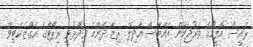
ރައީސް އޮފީހުގެ ތަރުޖަމާން އައްބާސް އާދިލް ރިޒާ ދެންމެ ވިދާޅުވީ ރިޕޯޓްގެ އެގްޒެކެޓިވް